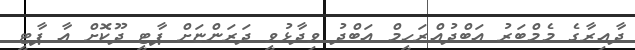
ދާއިރާގެ މެމްބަރު އަބްދުއްރަހީމް އަބްދު ވިދާޅުވީ ދަރަންޏަށް ޕާޓީ ދޫކޮށް އާ ޕާޓީ